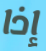
إذا